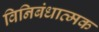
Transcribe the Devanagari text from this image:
विनिबंधात्मक